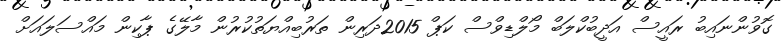
ގޮވުންނައިބު ރައީސް އަދީބުކްލަބް މޯލްޑިވްސް ކަޕް 2015ދަރިން ތަރުބިއްޔަތުކުރުން މާލޭގެ ޕާކިން މައްސަލައަށް